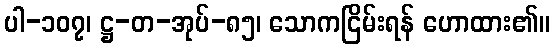
ပါ-၁၀၇၊ ဋ္ဌ-တ-အုပ်-၈၅၊ သောကငြိမ်းရန် ဟောထား၏။